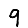
Digit: 9